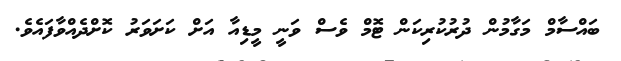
ބައްސާމް މަގާމުން ދުރުކުރިކަން ޓޮމް ވެސް ވަނީ މީޑިއާ އަށް ކަށަވަރު ކޮށްދެއްވާފައެވެ.